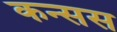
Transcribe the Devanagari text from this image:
कन्सस